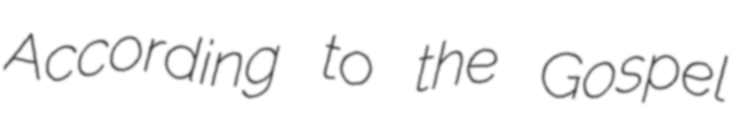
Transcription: According to the Gospel